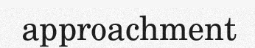
approachment